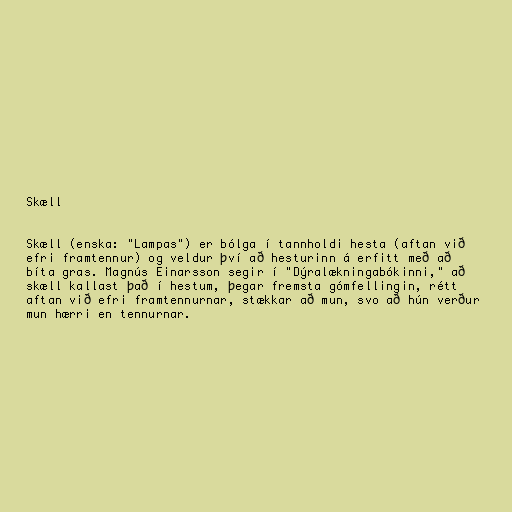
Skæll

Skæll (enska: "Lampas") er bólga í tannholdi hesta (aftan við
efri framtennur) og veldur því að hesturinn á erfitt með að
bíta gras. Magnús Einarsson segir í "Dýralækningabókinni," að
skæll kallast það í hestum, þegar fremsta gómfellingin, rétt
aftan við efri framtennurnar, stækkar að mun, svo að hún verður
mun hærri en tennurnar.